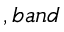
, b a n d